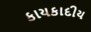
કાયકાદીય